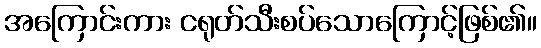
အကြောင်းကား ငရုတ်သီးစပ်သောကြောင့်ဖြစ်၏။